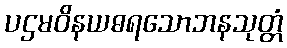
ပဌမဝိနယဓရသောဘနသုတ္တံ